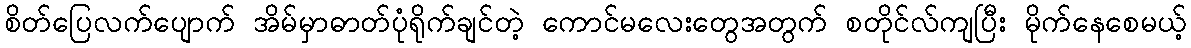
စိတ်ပြေလက်ပျောက် အိမ်မှာဓာတ်ပုံရိုက်ချင်တဲ့ ကောင်မလေးတွေအတွက် စတိုင်လ်ကျပြီး မိုက်နေစေမယ့်